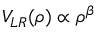
V _ { L R } ( \rho ) \propto \rho ^ { \beta }